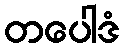
တပေါဒံ